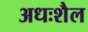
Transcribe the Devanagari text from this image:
अधःशैल